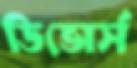
ডিভোর্স